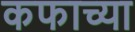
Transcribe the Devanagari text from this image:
कफाच्या